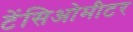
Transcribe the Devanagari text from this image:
टेंसिओमीटर